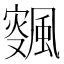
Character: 𱃉